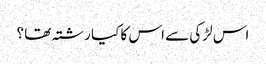
اس لڑکی سے اس کا کیا رشتہ تھا ؟